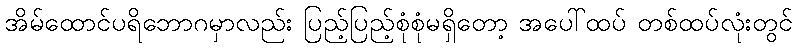
အိမ်ထောင်ပရိဘောဂမှာလည်း ပြည့်ပြည့်စုံစုံမရှိတော့ အပေါ်ထပ် တစ်ထပ်လုံးတွင်